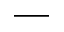
\textunderscore